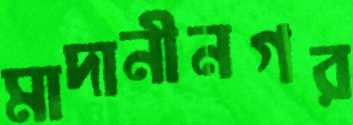
মাদানীনগর